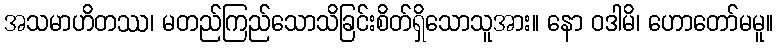
အသမာဟိတဿ၊ မတည်ကြည်သောသိခြင်းစိတ်ရှိသောသူအား။ နော ဝဒါမိ၊ ဟောတော်မမူ။